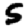
Digit: 5